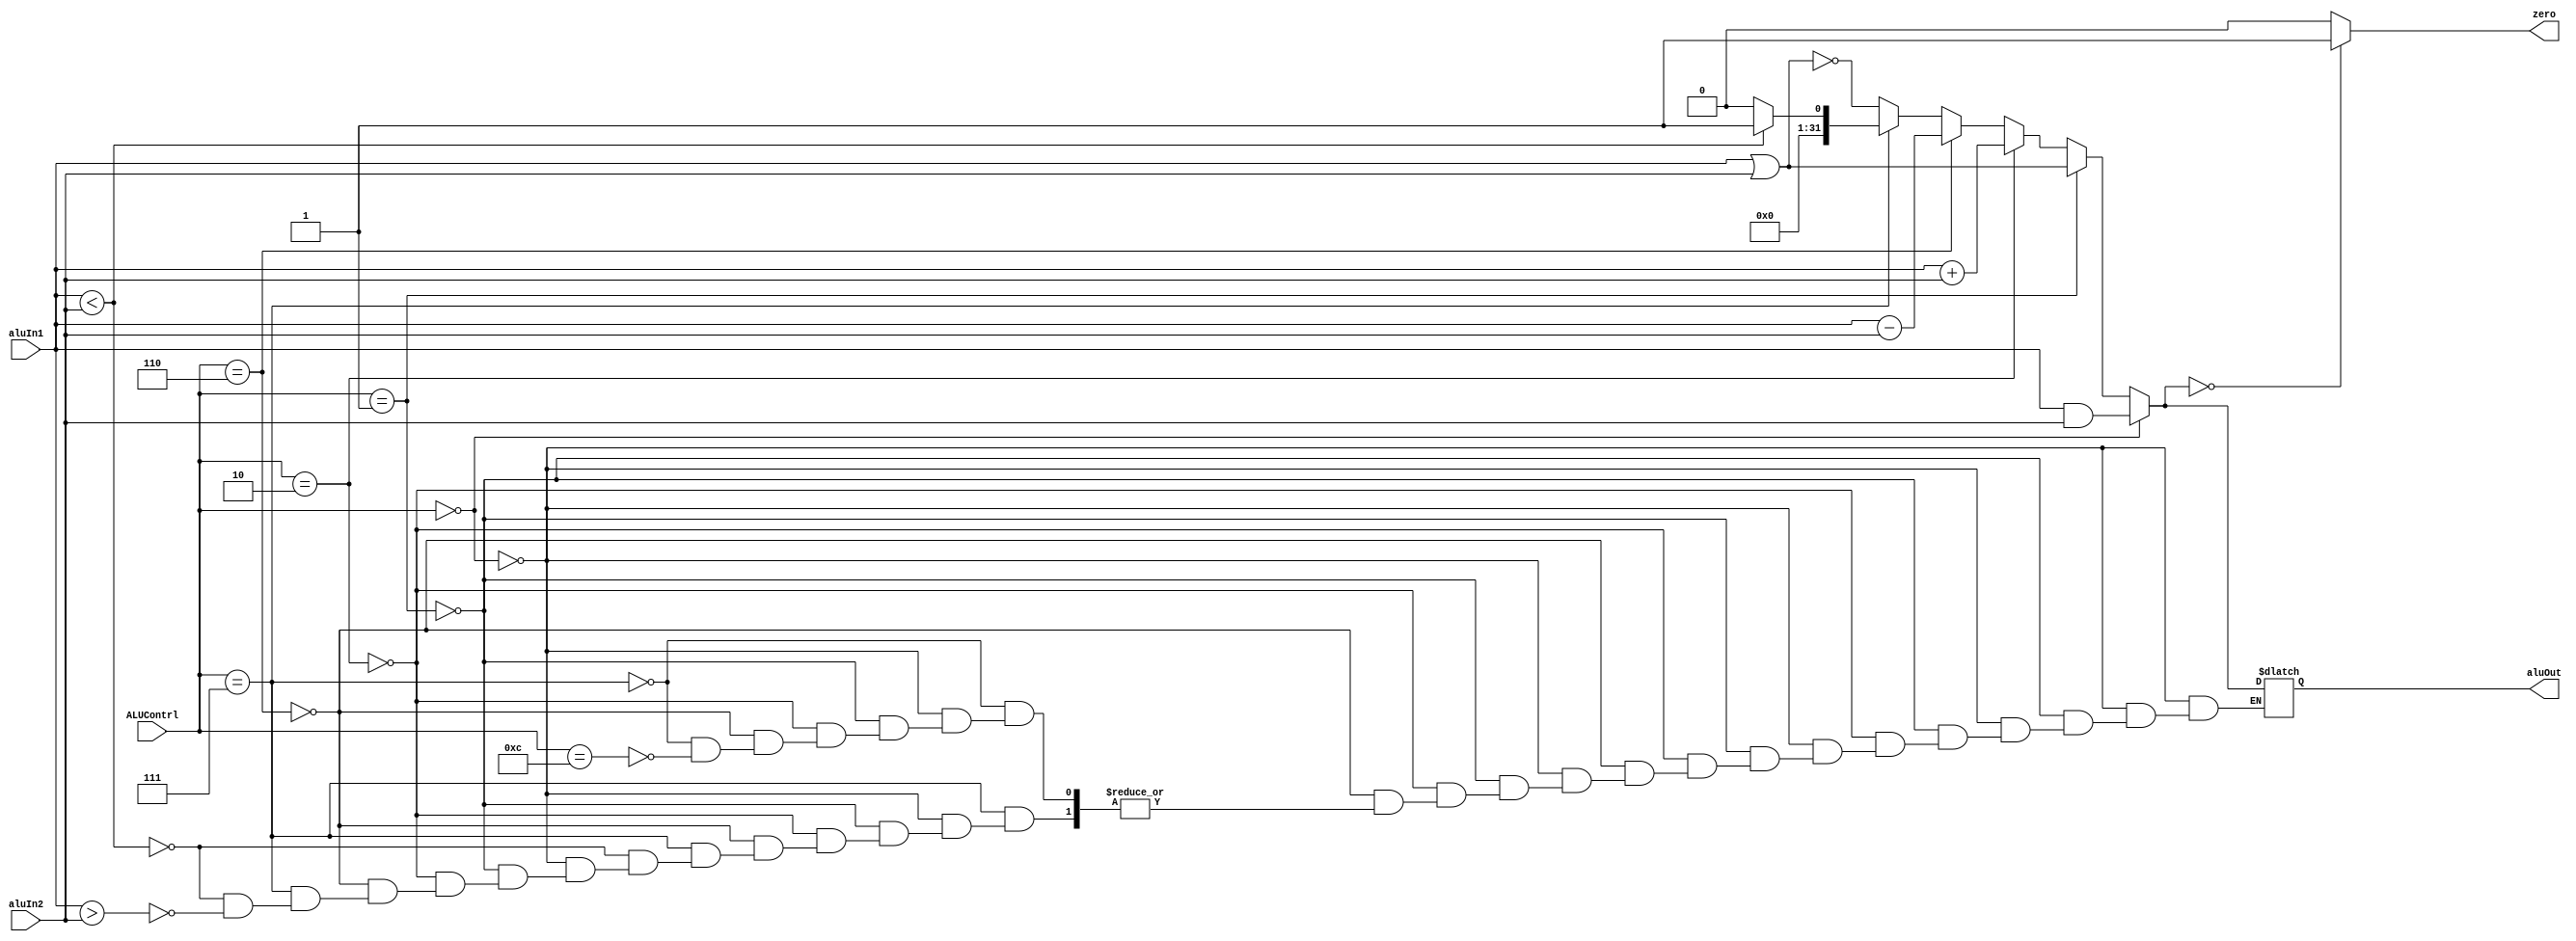
/*##########################################################################################
Note: Please dont upload the assignments, template file/solution and lab. manual on GitHub or others public repository. 
Kindly remove them, if you have uploaded the previous assignments. 
It violates the BITSs Intellectual Property Rights (IPR).
*******************************************************************************************/


module alu(input [31:0] aluIn1, input [31:0] aluIn2,input [3:0]ALUContrl, output reg [31:0]aluOut, output reg zero);
    
    always @ (aluIn1, aluIn2, ALUContrl)
    begin
    if (ALUContrl==4'b0000) 
        aluOut = aluIn1 & aluIn2;
    else if (ALUContrl==4'b0001) 
        aluOut = aluIn1 | aluIn2;
    else if (ALUContrl==4'b0010) 
        aluOut = aluIn1 + aluIn2;
    else if (ALUContrl==4'b0110) 
        aluOut = aluIn1 - aluIn2;
        
    else if (ALUContrl==4'b0111) 
    begin
        if (aluIn1 < aluIn2)
        aluOut=32'd1;
        else if(aluIn1 > aluIn2)
        aluOut=32'd0;
    end
    else if (ALUContrl==4'b1100) 
        aluOut = ~(aluIn1 | aluIn2);

    if(aluOut==32'b0)
        zero=1'b1;
    else
        zero=1'b0;

    end
endmodule

module aluCtrl(input [1:0] aluOp, input [5:0] funct,output reg [3:0] ALUContrl);
    
    always @ (aluOp, funct)
    begin
        if(aluOp==2'b00)
            ALUContrl=4'b0010;
        else if (aluOp[0]==1'b1)
            ALUContrl=4'b0110;
        else
            begin
                if(funct[3:0] == 4'b0000)
                    ALUContrl=4'b0010;
                else if(funct[3:0] == 4'b0010)
                    ALUContrl=4'b0110;
                else if(funct[3:0] == 4'b0100)
                    ALUContrl=4'b0000;
                else if(funct[3:0] == 4'b0101)
                    ALUContrl=4'b0001;
                else if(funct[3:0] == 4'b1010)
                    ALUContrl=4'b0111;
            end
        
    end
endmodule